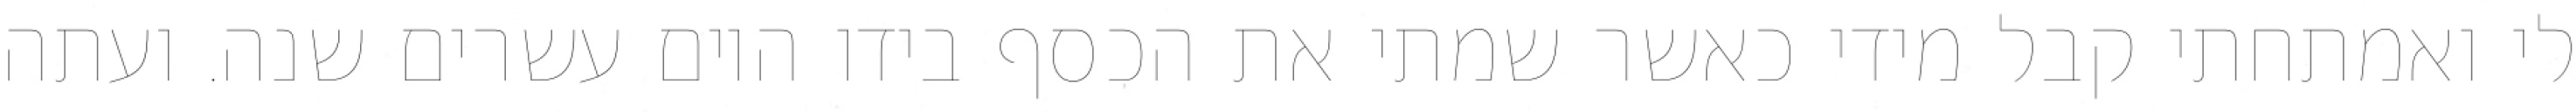
לי ואמתחתי קבל מידי כאשר שמתי את הכסף בידו היום עשרים שנה. ועתה